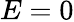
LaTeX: E=0